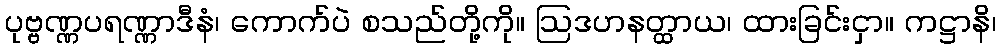
ပုဗ္ဗဏ္ဏပရဏ္ဏာဒီနံ၊ ကောက်ပဲ စသည်တို့ကို။ ဩဒဟနတ္ထာယ၊ ထားခြင်းငှာ။ ကဋ္ဌာနိ၊